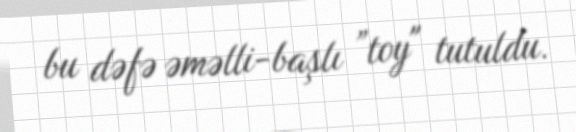
bu dəfə əməlli-başlı ”toy" tutuldu.